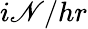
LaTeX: i\mathscr{N}/hr